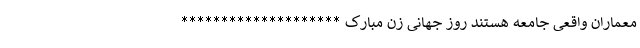
معماران واقعی جامعه هستند روز جهانی زن مبارک ********************